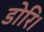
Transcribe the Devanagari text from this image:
डोरि।